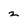
Character: 2